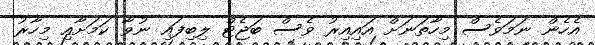
އެހެން ނަމަވެސް މިހާތަނަށް އައިއިރު ވެސް ބަޖެޓް ލިބިފައި ނުވާ ކަމަށާއި މިހާރު